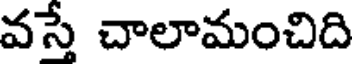
వస్తే చాలామంచిది